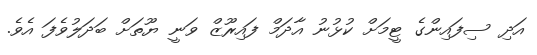
އަދި ސިފައިންގެ ޓީމަށް ކުޅުނު އާދަމް ފައިރޫޒް ވަނީ ޔޫތަށް ބަދަލުވެފަ އެވެ.